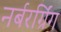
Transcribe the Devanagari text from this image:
नर्बरर्ग्रिंग